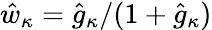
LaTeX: \hat{w}_{\kappa}=\hat{g}_{\kappa}/(1+\hat{g}_{\kappa})